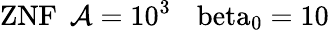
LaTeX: \mathrm{{ZNF}\: \: \mathcal{A}=10^{3}\: \: \: \ beta_{0}=10}